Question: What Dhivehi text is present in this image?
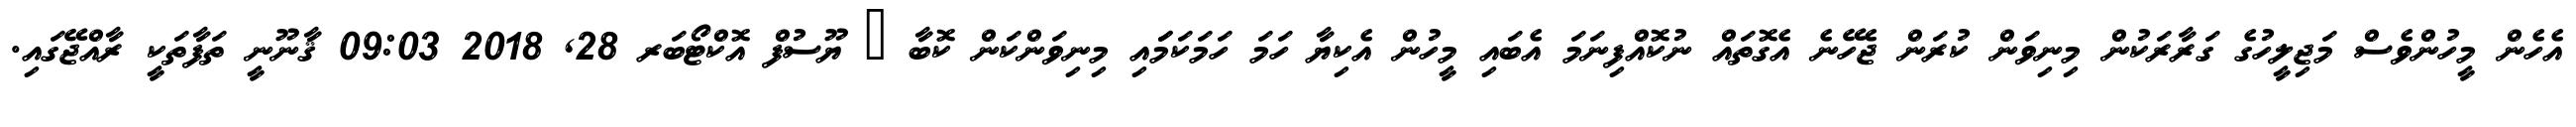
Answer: އެހެން މީހުންވެސް މަޖިލީހުގެ ގަރާރަކުން މިނިވަން ކުރަން ޖެހޭނެ އެގޮތައް ނުކޮއްފިނަމަ އެބައި މީހުން އެކިޔާ ހަމަ ހަމަކަމަައި މިނިވަންކަން ކޮބާ ? ޔޫސުފް އޮކްޓޯބަރ 28, 2018 09:03 ޤާނޫނީ ތަފާތަކީ ރާއްޖޭގައި.